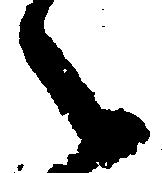
之